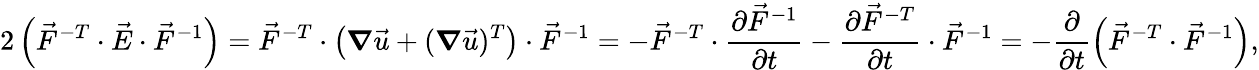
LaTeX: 2\left(\vec{F}^{-T}\cdot\vec{E}\cdot\vec{F}^{-1}\right)=\vec{F}^{-T}\cdot\left(\boldsymbol{\nabla}\vec{u}+(\boldsymbol{\nabla}\vec{u})^{T}\right)\cdot\vec{F}^{-1}=-\vec{F}^{-T}\cdot\frac{\partial\vec{F}^{-1}}{\partial t}-\frac{\partial\vec{F}^{-T}}{\partial t}\cdot\vec{F}^{-1}=-\frac{\partial}{\partial t}\left(\vec{F}^{-T}\cdot\vec{F}^{-1}\right),